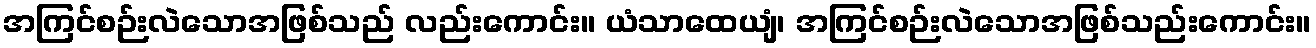
အကြင်စဉ်းလဲသောအဖြစ်သည် လည်းကောင်း။ ယံသာထေယျံ၊ အကြင်စဉ်းလဲသောအဖြစ်သည်းကောင်း။